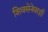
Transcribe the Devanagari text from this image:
शिवसेनेवरही